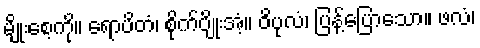
မျိုးစေ့ကို။ ရောပိတံ၊ စိုက်ပျိုးအံ့။ ဝိပုလံ၊ ပြန့်ပြောသော။ ဖလံ၊